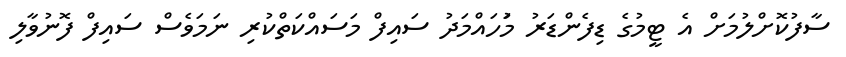
ސާފުކޮށްލުމަށް އެ ޓީމުގެ ޑިފެންޑަރު މުަހައްމަދު ސައިފް މަސައްކަތްކުރި ނަމަވެސް ސައިފް ފޮނުވާލި